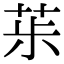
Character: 𦯝